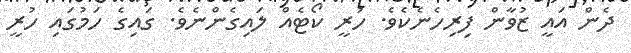
ދެން އައީ ޒުވާން ފިރިހެނެކެވެ. ހުރީ ކޯޓެއް ލައިގެންނެވެ. ގައިގެ ހަމުގައި ހުރީ